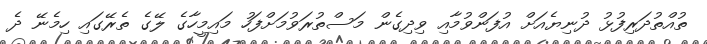
ތުއްތުދަރިފުޅު ދުނިޔެއަށް އުފަންވުމާއި ވިދިގެން މަސްތުރަވުމަށްފަހު މައިމީހާގެ ލޭގެ ތެރޭގައި ހިމެނޭ ދެ